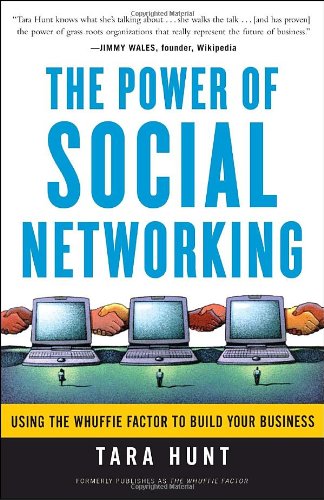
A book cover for The Power of Social Networking: Using the Whuffie Factor to Build Your Business; Tara Hunt; Computers & Technology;